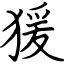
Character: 猨